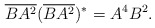
\begin{align*}\overline{BA^2}(\overline{BA^2})^*=A^4B^2.\end{align*}